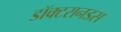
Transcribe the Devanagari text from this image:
डॉक्टरानडस